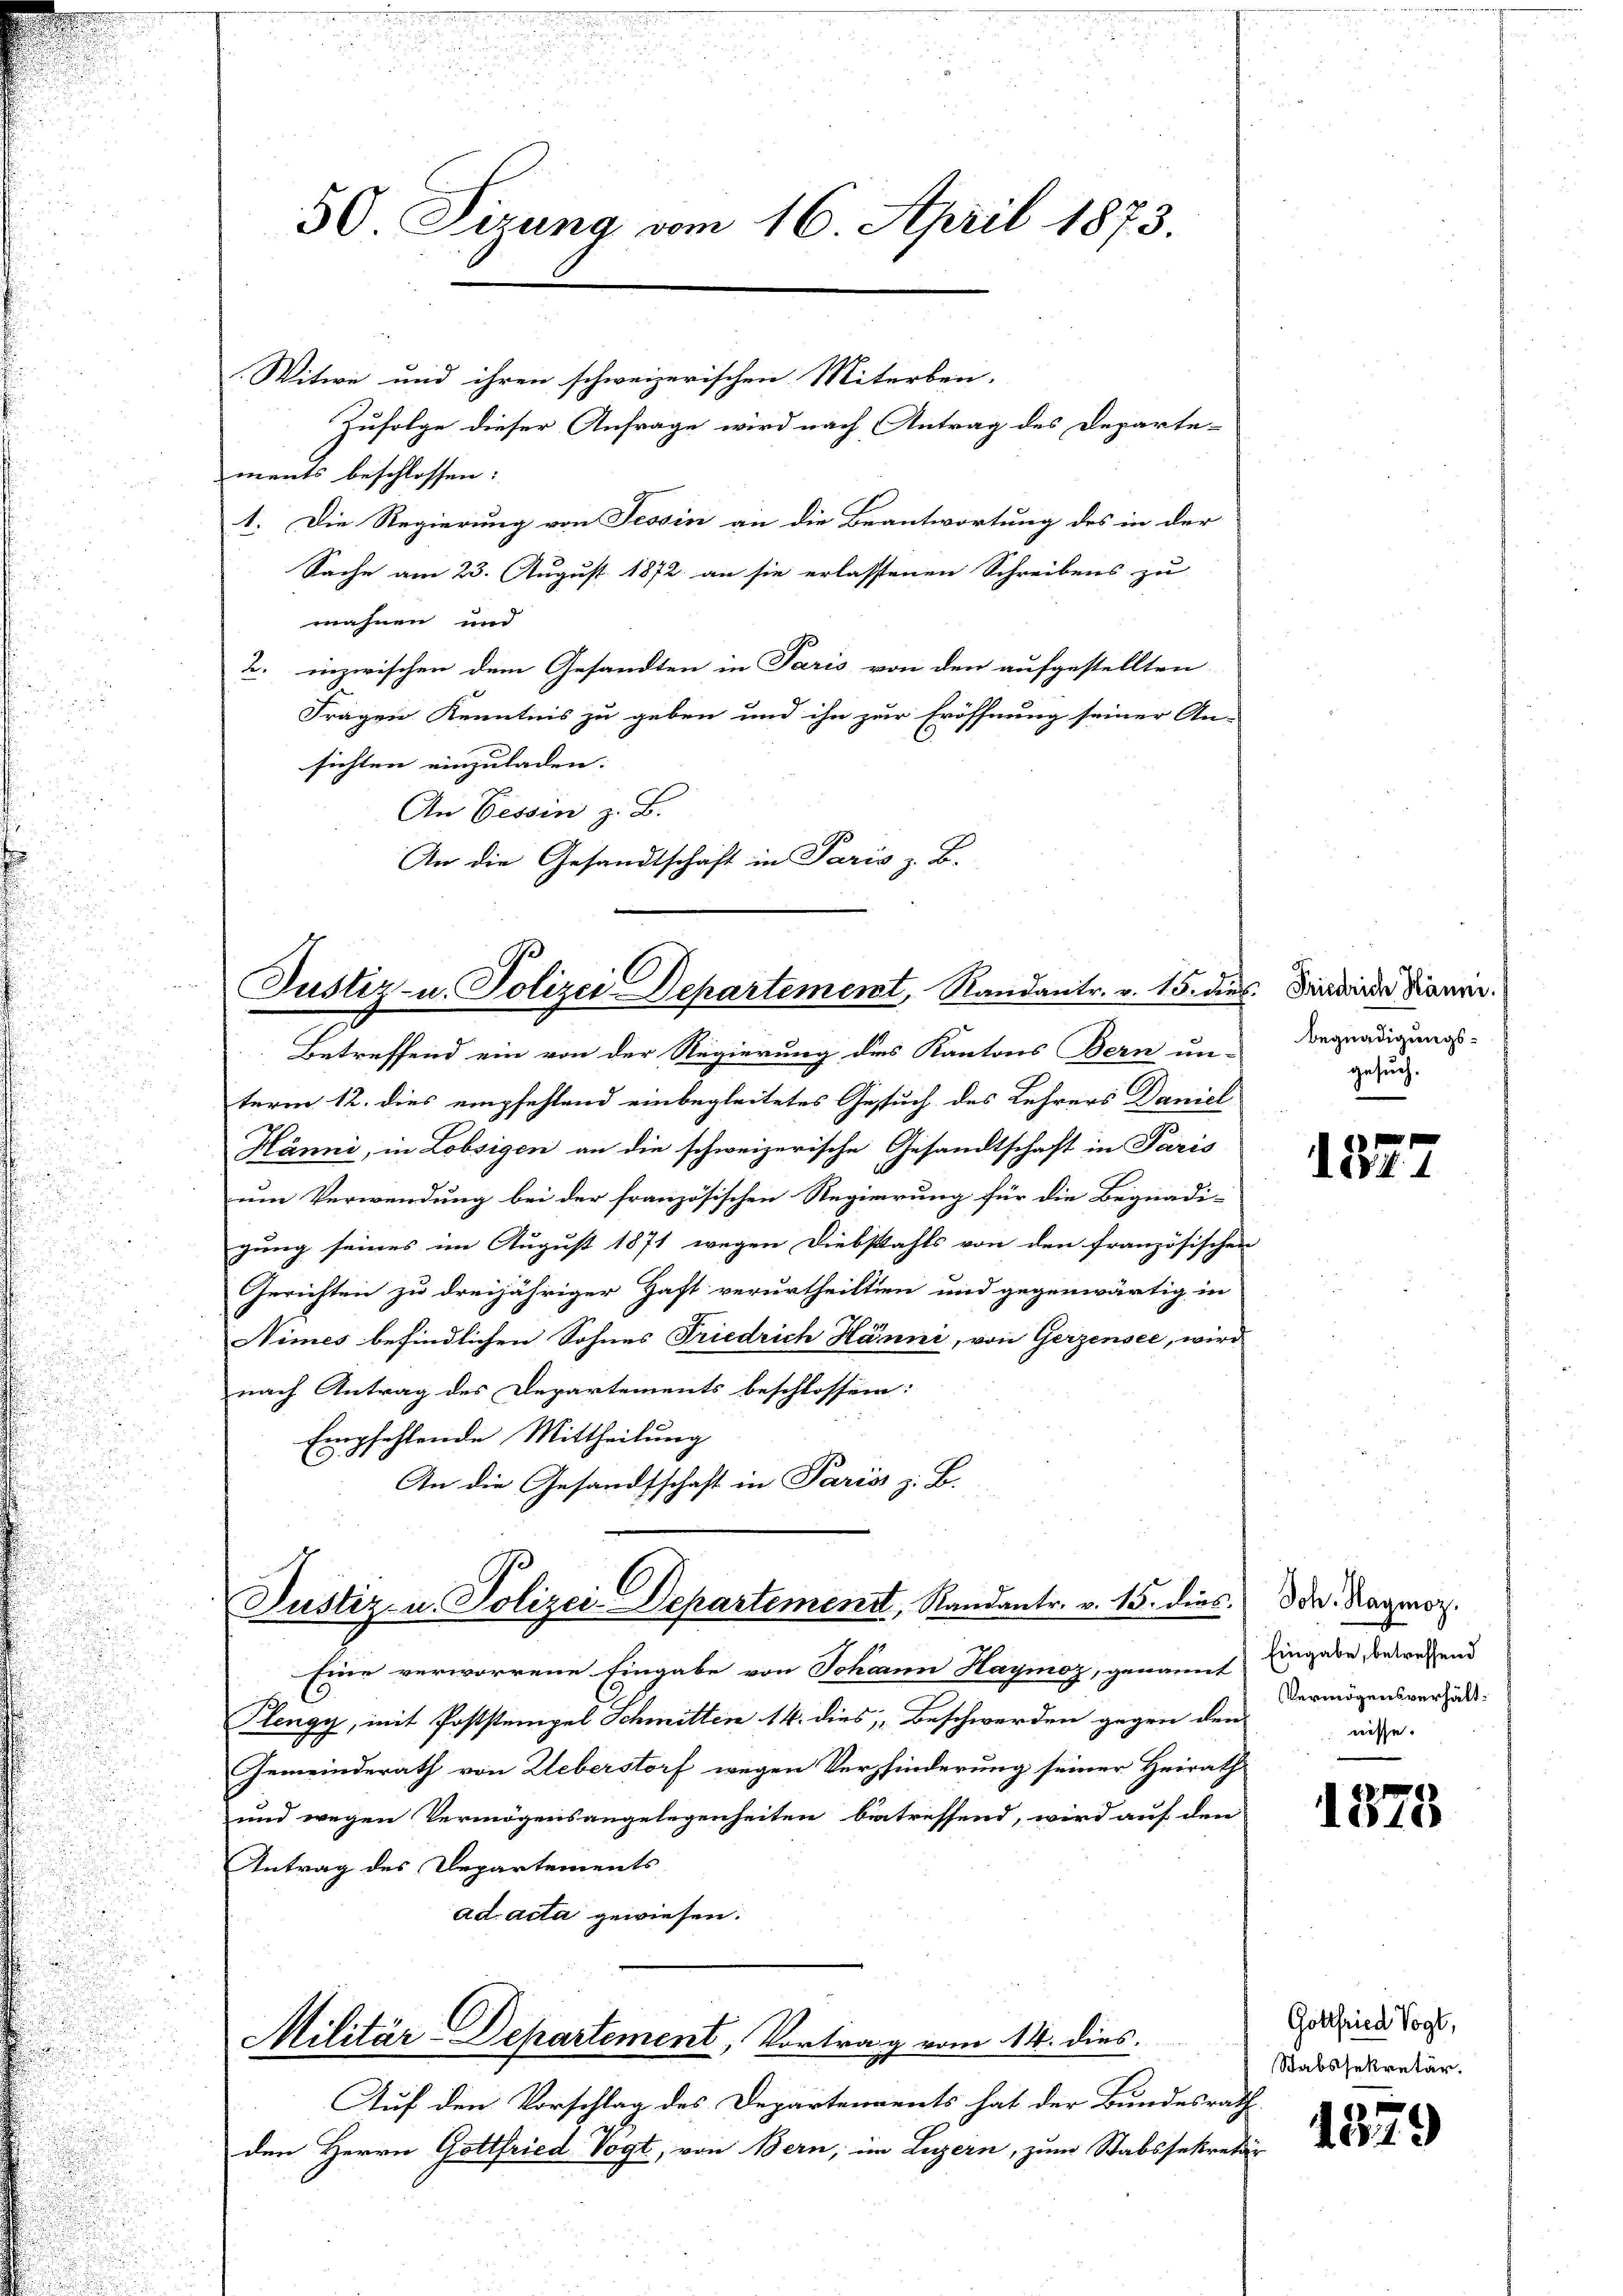
50 Sizung vom 16. April 1873.

Witwe und ihren schweizerischen Miterben-
Zufolge dieser Anfrage wird nach Antrag des Departe-
ments beschlossen:
1. Die Regierung von Tessin an die Beantwortung des in der
Sache am 23. August 1872 an sie erlassenen Schreibens zu
wahnen und
2. inzwischen dem Gesandten in Paris von den aufgestellten
Fragen Kenntnis zu geben und ihn zur Eröffnung seiner An-
sichten einzuladen.
An Tessin z. B.
An die Gesandtschaft in Paris z. B.

Betreffend ein von der Regierung des Kantons Bern un-
term 12. dies empfehlend einbegleitetes Gesuch des Lehrers Daniel
Hänni, in Lobsigen an die schweizerische Gesandtschaft in Paris
um Verwendung bei der französischen Regierung für die Begnadi-
gung seines im August 1871 wegen Diebstahls von den französischen
Gerichten zu dreijähriger Haft verurtheilten und gegenwärtig in
Nimes befindlichen Sohnes Friedrich Hänni, von Gerzensee, wird
nach Antrag des Departements beschlossen:
Empfehlende Mittheilung
An die Gesandtschaft in Pariss z. B.

Justiz- u. Polizei Departement, Randantr. v. 15. dies Findende Dauer.

Justiz- u. Polizei-Departement, Randantr. v. 15. dies. Dr. Hagmor.

Eine verworrene Eingabe von Johann Haymoz, genannt
E
1
Hengy, mit Poststempel Schmitten 14. dies Beschwerden gegen den
Gemeinderath von Leberstorf wegen Verhinderung seiner Heirath
und wegen Vermögensangelegenheiten betreffend, wird auf den
Antrag des Departements
ad acta gewiesen.

Militär-Departement, Vortrag vom 14. dies

Begnadigungsgesuch.

Auf den Vorschlag des Departenvents hat der Bundesrath
den Herrn Gottfried Vogt, von Bern, im Luzern, zum Stabssekreta¬

222

Eingabe, betreffend
Vermögensverhält:
nisse.

1875

Gottfried Vogt,
Stabssekretär.

1579